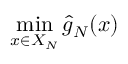
\operatorname* { m i n } _ { x \in X _ { N } } { \hat { g } } _ { N } ( x )